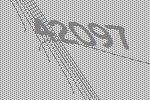
42097